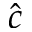
\hat { c }